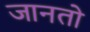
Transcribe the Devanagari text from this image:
जानतो